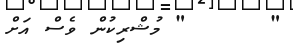
"      " މުޝްރިކުން ވެސް އަށް